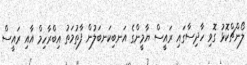
ލޯންޗްކޮޅު ގޮވި ހާދިސާގައި ރައީސް ޔާމީންގެ އަނބިކަނބަލުން ފާތުމަތު އިބްރާހިމް އާއި ރައީސް